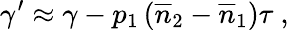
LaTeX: \gamma^{\prime}\approx\gamma-p_{1}\left(\overline{{n}}_{2}-\overline{{n}}_{1}\right)\tau\ ,